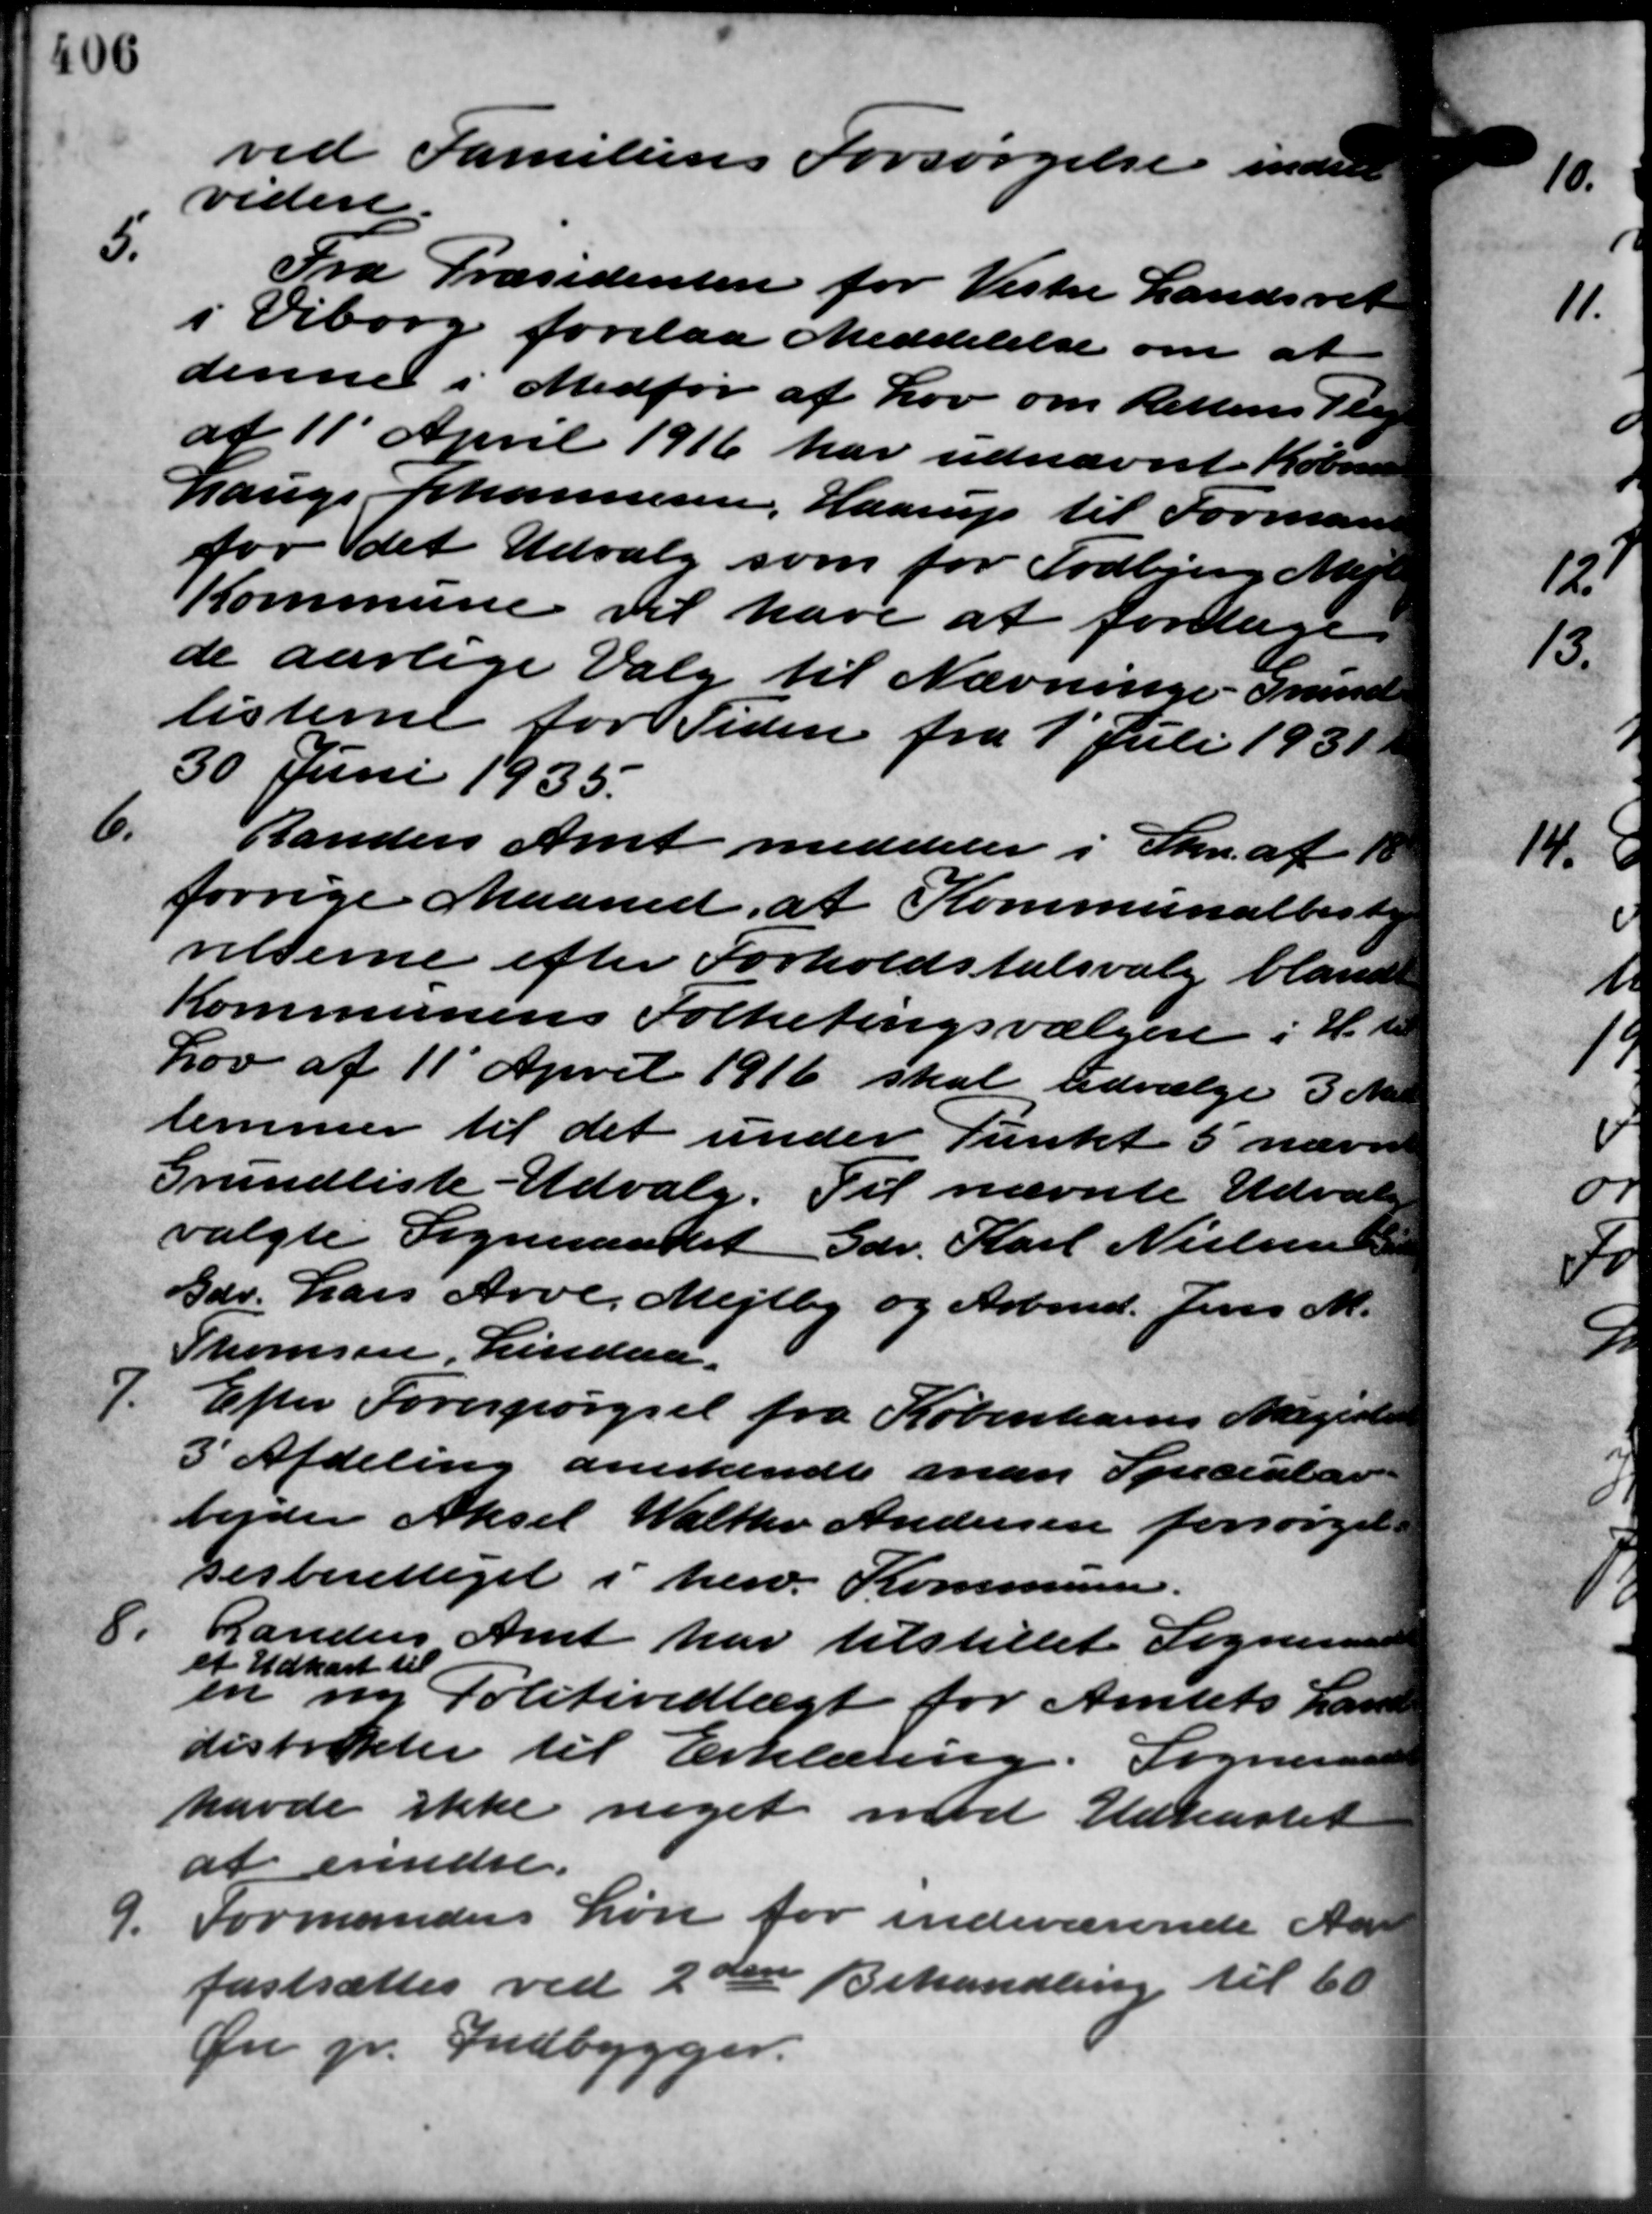
Transskription:
ved Familiens Forsørgelse inden
videre
5.
Fra Præsidenten for Vestre Landsret
i Viborg forelaa Meddelelse om at
denne i Medfør af Lov om Rettens Plig
af 11 April 1916 har udnævnte Køben
Lauge Johannesen, Haarup til Formand
for det Udvalg som for Todbjerg Mejl
Kommune vil have at foretage
de aarlige Valg til Nævninge - Grund
listerne for Tiden fra 1´ Juli 1931.
30 Juni 1935.
6.
Randers Amt meddeler i Skr. af 1
forrige Maaned, at Kommunalbest
velserne efter Forholdstalsvalg bland
Kommunens Folketingsvælger i H.
Lov af 11 April 1916 skal udvælge 3 M.
lemmer til det under Punkt 5 nævn
Grundliste - Udvalg. Til nævnte Udvalg
valgte Sogneraadet Gdr. Karl Nielsen
Gdr. Lars Arve, Mejlby og Arbmd. Jens M.
Thomsen, Lindaa.
7.
Efter Forespørgsel fra Københavns Magiste
3 Afdeling anerkendte man Speciular
bejder Aksel Walthe Andersen forsørgel
sesberettiget i herv. Kommunen.
8.
Randers Amt har tilstillet Sogneraad
et Udkast til
en ny Politivedtægt for Amtets Land
distrikter til Erklæring. Sogneraa
havde ikke noget mod Udkastet
at erindre.
9.
Formandens Løn for indeværende Aar
fastsættes ved 2den Behandling til 60
Ør pr. Indbygger.